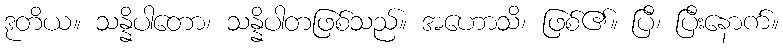
ဒုတိယ။ သန္နိပါတော၊ သန္နိပါတဖြစ်သည်။ အဟောသိ၊ ဖြစ်၏။ ပြီ၊ ပြီးနောက်။